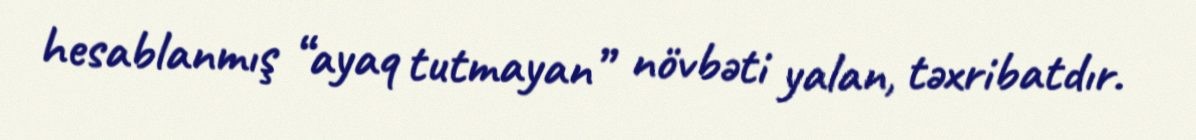
hesablanmış “ayaq tutmayan” növbəti yalan, təxribatdır.